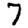
Digit: 7